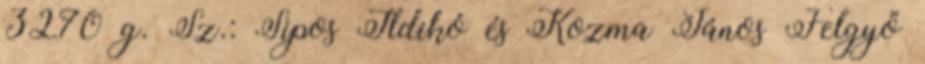
3270 g. Sz.: Sipos Ildikó és Kozma János Felgyő